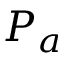
P _ { a }